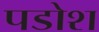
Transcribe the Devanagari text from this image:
पडोश